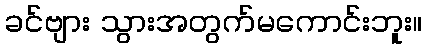
ခင်ဗျား သွားအတွက်မကောင်းဘူး။